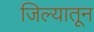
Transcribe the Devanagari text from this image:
जिल्यातून